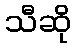
သီဆို